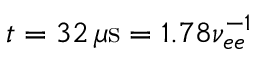
t = 3 2 \, \mu \mathrm { s } = 1 . 7 8 \nu _ { e e } ^ { - 1 }